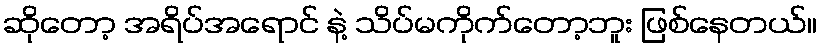
ဆိုတော့ အရိပ်အရောင် နဲ့ သိပ်မကိုက်တော့ဘူး ဖြစ်နေတယ်။